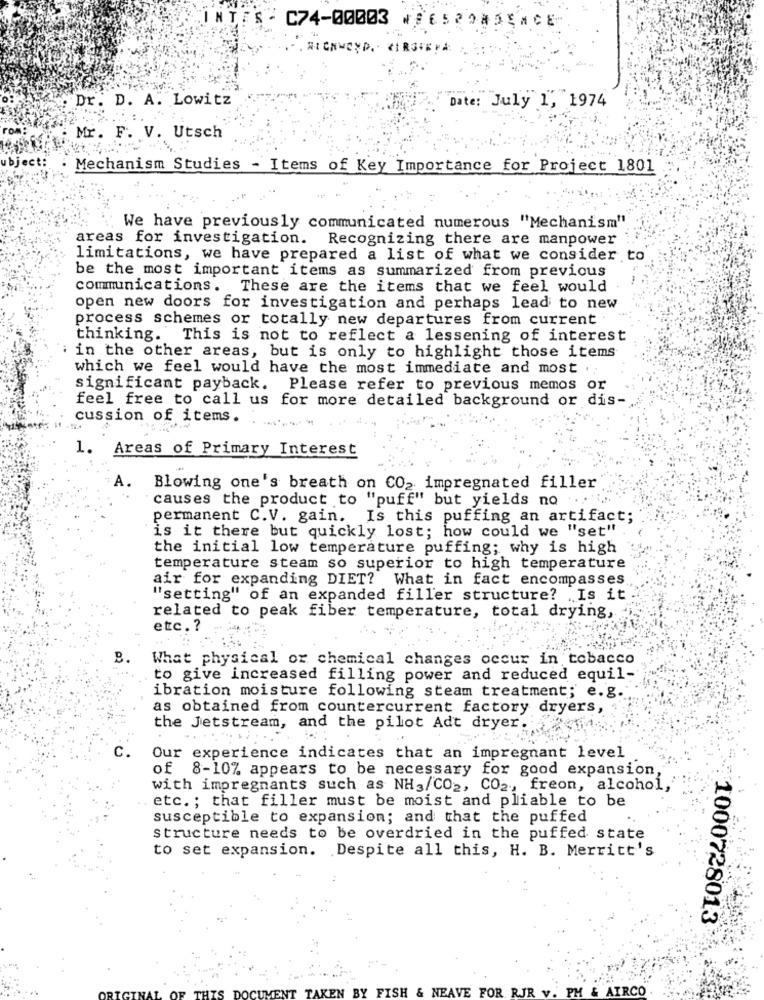
"INTES ' C74-00003 *
ESROADENCE
. Dr. D. A. Lowitz
Date: July 1, 1974
Mr. F. V. Utsch
bject :.
Mechanism Studies - Items of Key Importance for Project 1801
We have previously communicated numerous "Mechanism"
areas for investigation. Recognizing there are manpower
limitations, we have prepared a list of what we consider to
be the most important items as summarized from previous
communications. These are the items that we feel would
open new doors for investigation and perhaps lead to new
process schemes or totally new departures from current
thinking. This is not to reflect a lessening of interest
in the other areas, but is only to highlight those items
which we feel would have the most immediate and most .;
significant payback. Please refer to previous memos or
feel free to call us for more detailed background or dis-
cussion of items.
1. Areas of Primary Interest
A.
Blowing one's breath on CO2 impregnated filler
causes the product to "puff" but yields no ..
permanent C.V. gain. Is this puffing an artifact;
is it there but quickly lost; how could we "set"
the initial low temperature puffing; why is high
temperature steam so superior to high temperature
air for expanding DIET? What in fact encompasses
"setting" of an expanded filler structure? Is it
related to peak fiber temperature, total drying,
etc .?
B.
What physical or chemical changes occur in tobacco
to give increased filling power and reduced equil-
ibration moisture following steam treatment; e.g.
as obtained from countercurrent factory dryers,
the Jetstream, and the pilot Adt dryer.
C.
Our experience indicates that an impregnant level
of 8-10% appears to be necessary for good expansion,
with impregnants such as NH3/CO2, CO2 ., freon, alcohol,
etc .; that filler must be moist and pliable to be
susceptible to expansion; and that the puffed
structure needs to be overdried in the puffed state
to set expansion. Despite all this, H. B. Merritt's
1000728013
NT TAKEN BY FISH & NEAVE FOR RJR v. PM & AIRCO